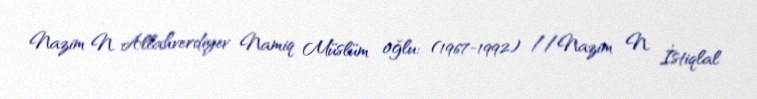
Nazim N. Allahverdiyev Namiq Müslüm oğlu: (1967-1992) //Nazim N. İstiqlal